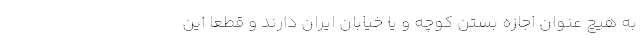
به هیچ عنوان اجازه بستن کوچه و یا خیابان ایران دارند و قطعاً این